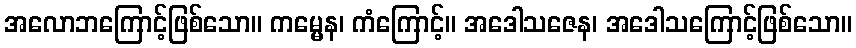
အလောဘကြောင့်ဖြစ်သော။ ကမ္မေန၊ ကံကြောင့်။ အဒေါသဇေန၊ အဒေါသကြောင့်ဖြစ်သော။